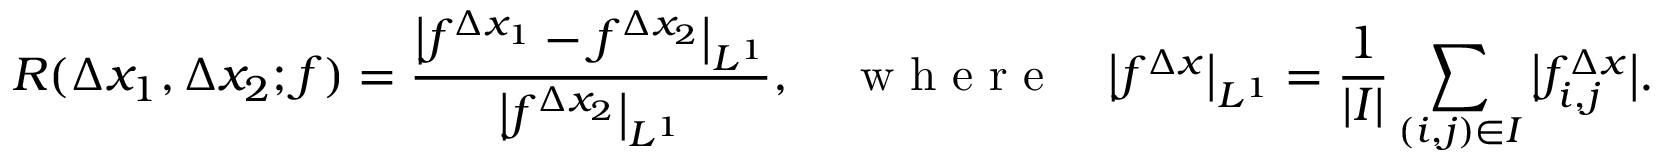
R ( \Delta x _ { 1 } , \Delta x _ { 2 } ; f ) = \frac { \big | f ^ { \Delta x _ { 1 } } - f ^ { \Delta x _ { 2 } } \big | _ { L ^ { 1 } } } { \big | f ^ { \Delta x _ { 2 } } \big | _ { L ^ { 1 } } } , \quad \textrm { w h e r e } \quad \big | f ^ { \Delta x } \big | _ { L ^ { 1 } } = \frac { 1 } { | I | } \sum _ { ( i , j ) \in I } \big | f _ { i , j } ^ { \Delta x } \big | .